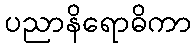
ပညာနိရောဓိကာ